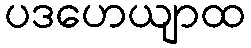
ပဒဟေယျာထ